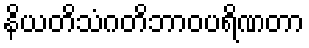
နိယတိသံဂတိဘာဝပရိဏတာ